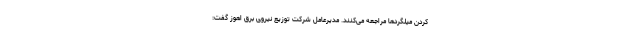
کردن میلگردها مراجعه می‌کنند. مدیرعامل شرکت توزیع نیروی برق اهوز گفت: